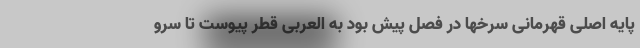
پایه اصلی قهرمانی سرخها در فصل پیش بود به العربی قطر پیوست تا سرو